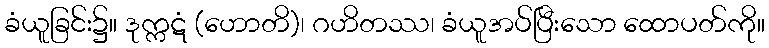
ခံယူခြင်း၌။ ဒုက္ကဋံ (ဟောတိ)၊ ဂဟိတဿ၊ ခံယူအပ်ပြီးသော ထောပတ်ကို။